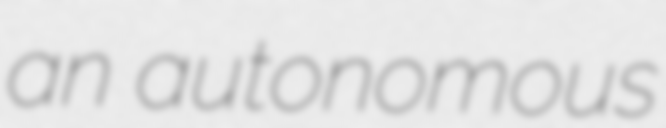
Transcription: an autonomous